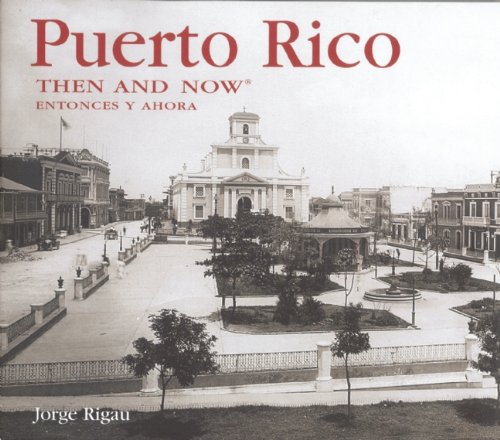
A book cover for Puerto Rico Then and Now (Then & Now Thunder Bay); Jorge Rigau; Travel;